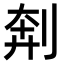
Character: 𫦃